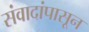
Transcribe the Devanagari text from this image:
संवादांपासून